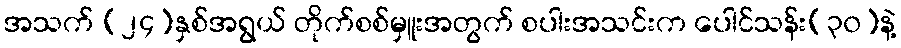
အသက် (၂၄)နှစ်အရွယ် တိုက်စစ်မှူးအတွက် စပါးအသင်းက ပေါင်သန်း(၃၀)နဲ့